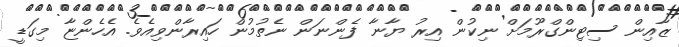
ޒާއިން ސިޓިންގްރޫމަށް ނިކުން އިރު ޔާނާ ފެންނަން ނެތުމުން ހައިރާންވިއެވެ. އެހެންޏާ މިގަޑީ